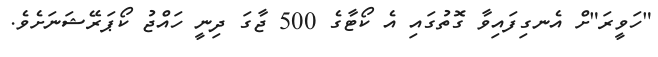
"ހަވީރަ"ށް އެނގިފައިވާ ގޮތުގައި އެ ކޯޓާގެ 500 ޖާގަ ދިނީ ހައްޖު ކޯޕަރޭޝަނަށެވެ.